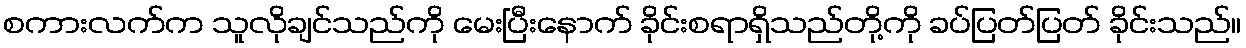
စကားလက်က သူလိုချင်သည်ကို မေးပြီးနောက် ခိုင်းစရာရှိသည်တို့ကို ခပ်ပြတ်ပြတ် ခိုင်းသည်။